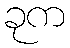
ခုက